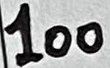
Text: 100